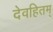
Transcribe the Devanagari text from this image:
देवहितम्